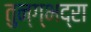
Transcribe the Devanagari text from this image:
तुन्ग्भद्रा